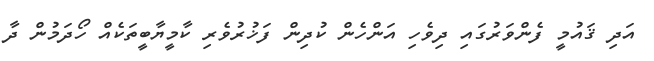
އަދި ޤައުމީ ފެންވަރުގައި ދިވެހި އަންހެން ކުދިން ފަޚުރުވެރި ކާމީޔާބީތަކެއް ހޯދަމުން ދާ